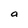
Character: a